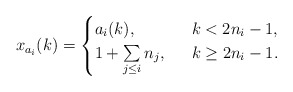
\begin{align*}x_{a_i}(k)=\begin{cases} a_i(k), \ & \ k< 2n_i-1,\\1+\sum\limits_{j\le i} n_j, \ & \ k\ge 2n_i-1.\end{cases}\end{align*}